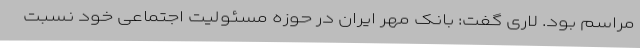
مراسم بود. لاری گفت: بانک مهر ایران در حوزه مسئولیت اجتماعی خود نسبت